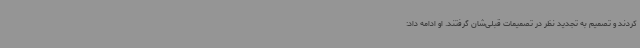
کردند و تصمیم به تجدید نظر در تصمیمات قبلی‌شان گرفتند. او ادامه داد: